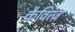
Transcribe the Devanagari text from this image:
क्रैवित्ज़